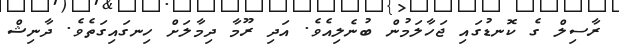
ރާސިލް ގެ ކޮނޑުގައި ޖަހާލަމުން ބުނެލިއެވެ. އަދި ރޫމާ ދިމާލަށް ހިނގައިގަތެވެ. ދާނިޝް